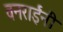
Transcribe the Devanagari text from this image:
वनराईंनी